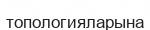
топологияларына